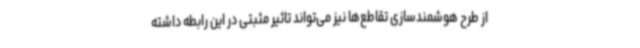
از طرح هوشمندسازی تقاطع‌ها نیز می‌تواند تاثیر مثبتی در این رابطه داشته